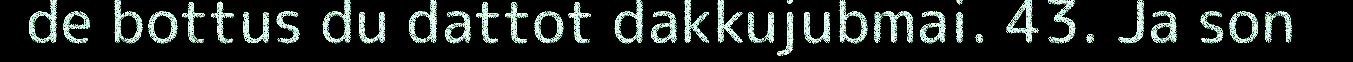
de bottus du dattot dakkujubmai. 43. Ja son